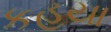
કહયા